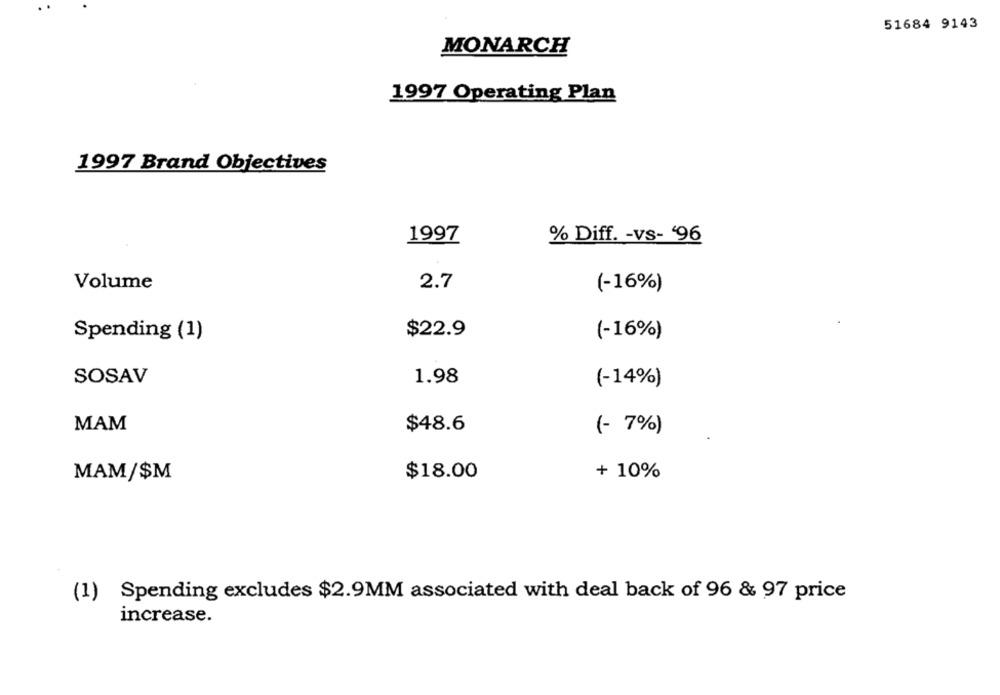
51684 9143
MONARCH
1997 Operating Plan
1997 Brand Objectives
1997
% Diff. - vs- '96
2.7
Volume
(-16%)
$22.9
Spending (1)
(-16%)
SOSAV
1.98
(-14%)
MAM
$48.6
(- 7%)
MAM/$M
$18.00
+ 10%
(1) Spending excludes $2.9MM associated with deal back of 96 & 97 price
increase.